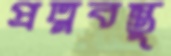
প্রত্নবস্তু